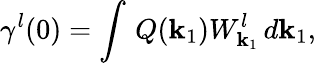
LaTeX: \gamma^{l}(0)=\int\, Q({\mathbf k}_{1})W_{{\mathbf k}_{1}}^{l}\, d{\mathbf k}_{1},